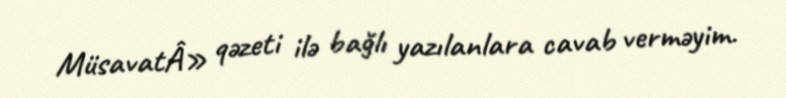
MüsavatÂ» qəzeti ilə bağlı yazılanlara cavab verməyim.